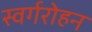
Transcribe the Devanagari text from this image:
स्वर्गरोहन